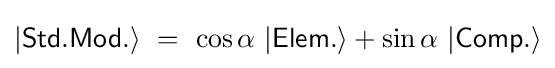
|{\mathsf {Std.Mod.}}\rangle ~=~\cos {\alpha }~|{\mathsf {Elem.}}\rangle +\sin {\alpha }~|{\mathsf {Comp.}}\rangle